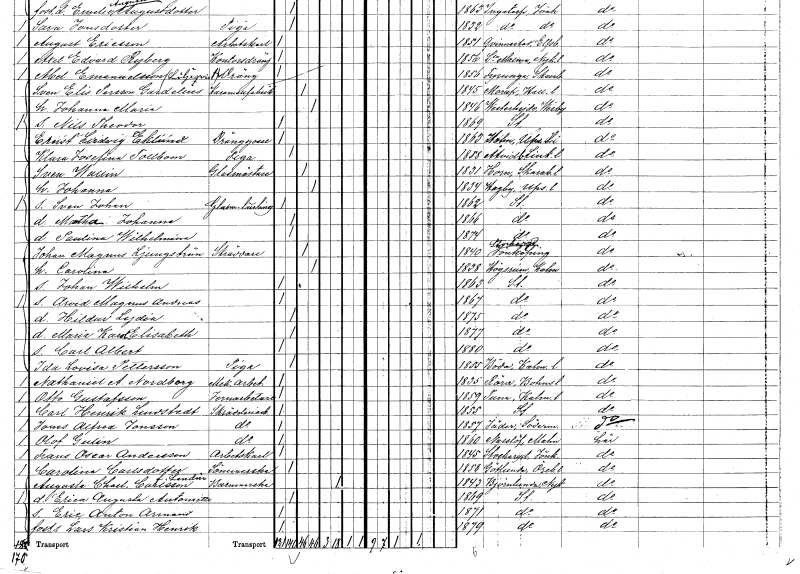
gt_parse: households: individuals: FN: Sven Johan
YRKE: Glasmästarelärling
KON: M
CIV: O
FODAR: 1862
FODFORS: Stockholm
FN: Martha Johanna
KON: K
CIV: O
FODAR: 1866
FODFORS: Stockholm
FN: Paulina Wilhelmina
KON: K
CIV: O
FODAR: 1874
FODFORS: Stockholm
FN: Johan Magnus
EN: Ljungström
YRKE: Skräddare
KON: M
CIV: G
FODAR: 1840
FODFORS: Stockaryd Jönköpings län
FN: Carolina
KON: K
CIV: G
FODAR: 1838
FODFORS: Högsrum Kalmar län
FN: Johan Wilhelm
KON: M
CIV: O
FODAR: 1863
FODFORS: Stockholm
FN: Arvid Magnus Andreas
KON: M
CIV: O
FODAR: 1867
FODFORS: Stockholm
FN: Hildur Lydia
KON: K
CIV: O
FODAR: 1875
FODFORS: Stockholm
FN: Maria Karolina Elisabeth
KON: K
CIV: O
FODAR: 1877
FODFORS: Stockholm
FN: Carl Albert
KON: M
CIV: O
FODAR: 1880
FODFORS: Stockholm
FN: Ida Lovisa
EN: Pettersson
YRKE: Piga
KON: K
CIV: O
FODAR: 1855
FODFORS: Böda Kalmar län
FN: Nathaniel A.
EN: Nordborg
YRKE: Mekanikerarbetare
KON: M
CIV: O
FODAR: 1835
FODFORS: Röra Göteborgs- och Bohuslän
FN: Otto
EN: Gustafsson
YRKE: Järnarbetare
KON: M
CIV: O
FODAR: 1859
FODFORS: Tuna Kalmar län
FN: Carl Henrik
EN: Lundstedt
YRKE: Skrädderiarbetare
KON: M
CIV: O
FODAR: 1855
FODFORS: Stockholm
FN: Jonas Alfred
EN: Jonsson
YRKE: Skrädderiarbetare
KON: M
CIV: O
FODAR: 1857
FODFORS: Jäder Södermanlands län
FN: Olof
EN: Gulin
YRKE: Skrädderiarbetare
KON: M
CIV: O
FODAR: 1860
FODFORS: Bårslöv Malmöhus län
FN: Frans Oscar
EN: Andersson
YRKE: Arbetskarl
KON: M
CIV: O
FODAR: 1845
FODFORS: Stockaryd Jönköpings län
FN: Carolina
EN: Carlsdotter
YRKE: Sömmerska
KON: K
CIV: O
FODAR: 1858
FODFORS: Götlunda Västmanlands län
FN: Augusta Charlotta
EN: Carlsson Landin
YRKE: Barnmorska
KON: K
CIV: E
FODAR: 1843
FODFORS: Björnlunda Södermanlands län
FN: Erica Augusta Antoniette
KON: K
CIV: O
FODAR: 1869
FODFORS: Stockholm
FN: Eric Anton Armand
KON: M
CIV: O
FODAR: 1871
FODFORS: Stockholm
FN: Lars Kristian Henrik
KON: M
CIV: O
FODAR: 1879
FODFORS: Stockholm